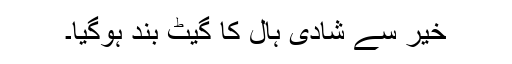
خیر سے شادی ہال کا گیٹ بند ہوگیا۔